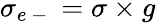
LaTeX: \sigma_{e\mathrm{~-~}}=\sigma\times g